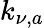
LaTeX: k_{\nu,a}